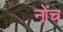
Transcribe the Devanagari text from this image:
नोंच